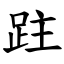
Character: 跓